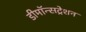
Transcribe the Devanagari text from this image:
डीमॉन्सट्रेशन